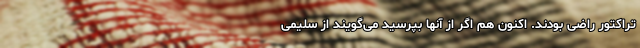
تراکتور راضی بودند. اکنون هم اگر از آنها بپرسید می‌گویند از سلیمی